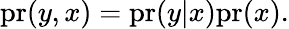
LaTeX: \mathrm{pr}(y,x)=\mathrm{pr}(y|x)\mathrm{pr}(x).